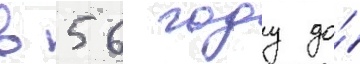
в 56 году до́